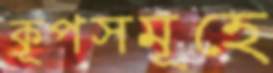
কূপসমূহে